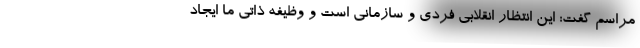
مراسم گفت: این انتظار انقلابی فردی و سازمانی است و وظیفه ذاتی ما ایجاد